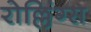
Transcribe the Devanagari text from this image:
रोल्लिंग्स